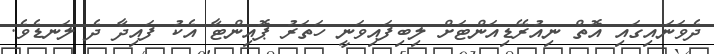
ދެވަނައިގައި އޮތް ނިއުރޭޑިއަންޓަށް ލިބިފައިވަނީ ހަތަރު ޕޮއިންޓާ އެކު ފައިދާ ދެ ލަނޑެވެ.